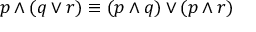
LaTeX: p \wedge ( q \vee r ) \equiv ( p \wedge q ) \vee ( p \wedge r )